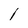
Character: l